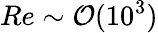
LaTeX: \textit{Re}\sim\mathcal{O}(10^{3})